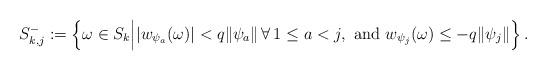
LaTeX: \begin{align*}S^-_{k,j}:=\left\{\omega\in S_k\Bigl|\left|w_{\psi_a}(\omega)\right|< q\|\psi_a\|\,\forall\, 1\leq a<j, \mbox{ and } w_{\psi_j}(\omega)\leq -q\|\psi_j\|\Bigr.\right\}.\end{align*}